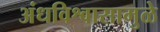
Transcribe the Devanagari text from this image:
अंधविश्वासामुळे